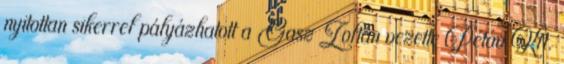
nyitottan sikerrel pályázhatott a Gasz Zoltán vezette Pétáv Kft.